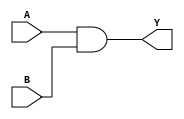
module simple_and_gate (
    input wire A,      // Input signal A
    input wire B,      // Input signal B
    output wire Y      // Output signal Y
);

// Continuous assignment using the assign statement
assign Y = A & B;     // Y is the logical AND of A and B

endmodule